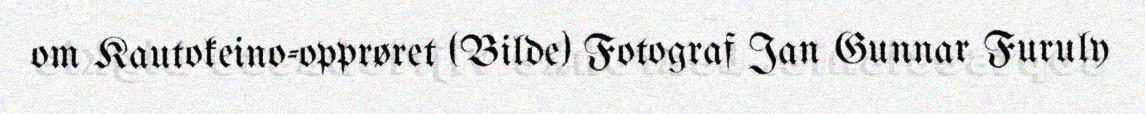
om Kautokeino-opprøret (Bilde) Fotograf Jan Gunnar Furuly